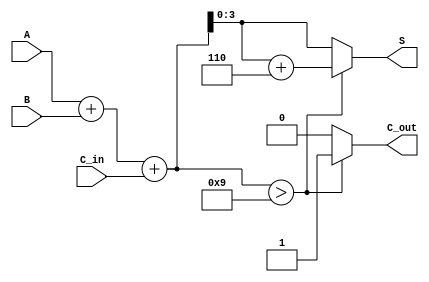
module BCD_Fast_Adder (
    input  [3:0] A,        // First BCD digit
    input  [3:0] B,        // Second BCD digit
    input        C_in,      // Carry input
    output reg [3:0] S,     // BCD result
    output reg C_out        // Carry output
);

    // Internal wire for binary sum
    wire [4:0] S_bin; // 5 bits to accommodate carry
    assign S_bin = A + B + C_in; // Binary addition

    always @(*) begin
        // Default outputs
        S = S_bin[3:0]; // Take lower 4 bits for BCD result
        C_out = 1'b0;   // Default carry out

        // Check if correction is needed
        if (S_bin > 4'b1001) begin
            S = S_bin + 4'b0110; // Add 6 for BCD correction
            C_out = 1'b1;         // Set carry out
        end
    end

endmodule